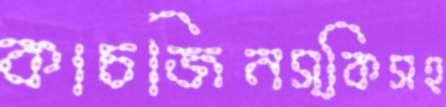
কাচজিনস্কিসহ